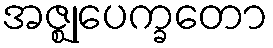
အဇ္ဈုပေက္ခတော